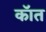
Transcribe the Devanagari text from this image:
कॉत